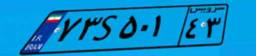
۶۸S۶۵۰۰۴